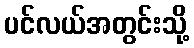
ပင်လယ်အတွင်းသို့